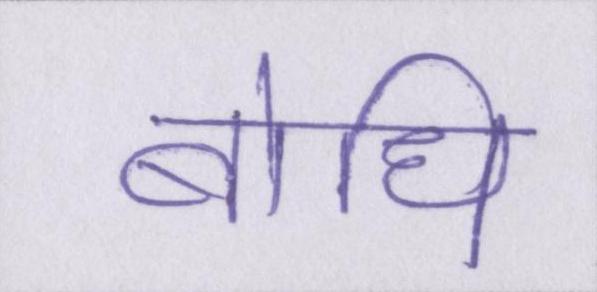
बोधि